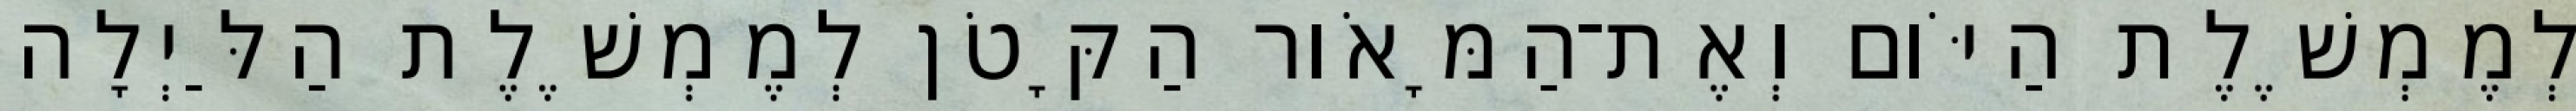
לְמֶמְשֶׁלֶת הַיֹּום וְאֶת־הַמָּאֹור הַקָּטֹן לְמֶמְשֶׁלֶת הַלַּיְלָה